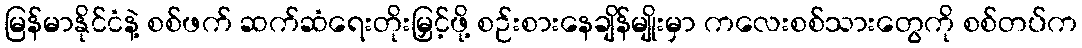
မြန်မာနိုင်ငံနဲ့ စစ်ဖက် ဆက်ဆံရေးတိုးမြှင့်ဖို့ စဉ်းစားနေချိန်မျိုးမှာ ကလေးစစ်သားတွေကို စစ်တပ်က